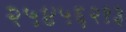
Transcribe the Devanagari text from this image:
२५४५६२१३